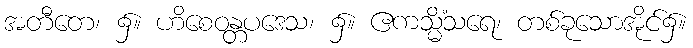
အတီတေ၊ ၌။ ဟိစေဝန္တပဒေသ၊ ၌။ ဧကသ္မိံသရေ၊ တစ်ခုသောအိုင်၌။